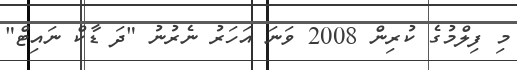
މި ފިލްމުގެ ކުރިން 2008 ވަނަ އަހަރު ނެރުނު "ދަ ޑާކް ނައިޓް"